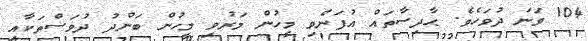
104 ވަނަ ދުވަހެވެ. ޙާދިސާތައް އުފަންވި މީހުން މަރުވި މީހުން ބަންދު ދުވަސްތަކާއި